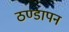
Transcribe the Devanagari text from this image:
ठण्‍डापन